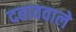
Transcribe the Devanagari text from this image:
दबाववाले